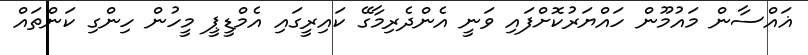
ޣައްސާން މައުމޫން ހައްޔަރުކޮށްފައި ވަނީ އެންދެރިމާގޭ ކައިރީގައި އެމްޑީޕީ މީހުން ހިންގި ކަންތައް